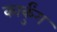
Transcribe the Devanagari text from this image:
कार्कुंग